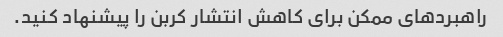
راهبردهای ممکن برای کاهش انتشار کربن را پیشنهاد کنید.